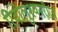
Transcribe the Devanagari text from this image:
रिवोलुश्यनरीज